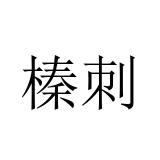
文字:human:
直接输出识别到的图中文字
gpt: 榛刺